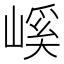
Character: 嵠